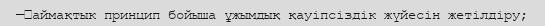
—	аймақтык принцип бойыша ұжымдық қауіпсіздік жүйесін жетілдіру;